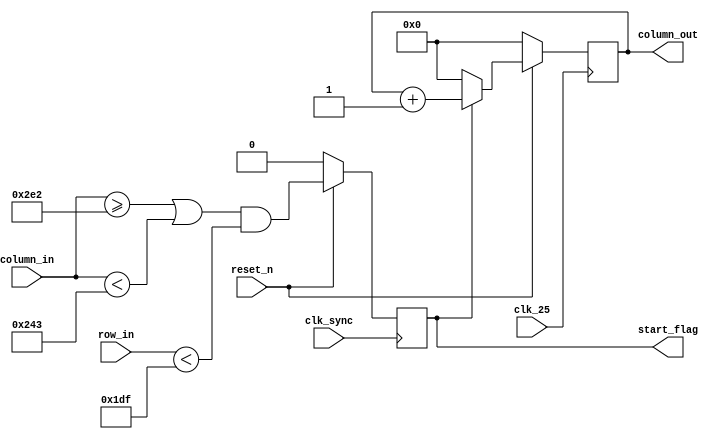
module pipelineCounter(reset_n, clk_25, clk_sync, column_in, row_in, column_out, start_flag);

input clk_25, clk_sync, reset_n;
input [9:0] column_in, row_in;

output reg [9:0] column_out;
output reg start_flag;

always @(posedge clk_25)
begin
	if (~reset_n)
	begin
		column_out <= 4'd0;
	end
	else
	begin
		if (start_flag)
		begin
			column_out <= column_out + 4'd1;
		end
		else
		begin
			column_out <= 0;
		end
	end
end

always @(posedge clk_sync)
begin
	if (~reset_n)
	begin
		start_flag <= 0;
	end
	else
	begin
		start_flag = (column_in >= 738 | column_in < 579) & (row_in < 479);
	end	
end

endmodule